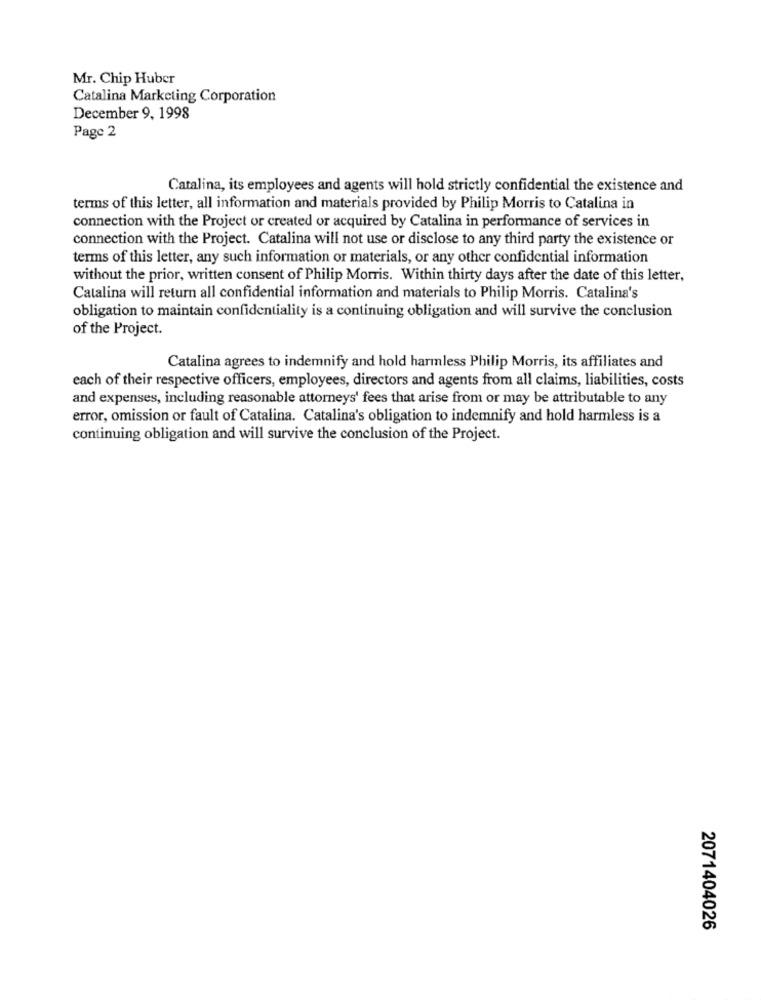
Mr. Chip Huber
Catalina Marketing Corporation
December 9, 1998
Page 2
Catalina, its employees and agents will hold strictly confidential the existence and
terms of this letter, all information and materials provided by Philip Morris to Catalina in
connection with the Project or created or acquired by Catalina in performance of services in
connection with the Project. Catalina will not use or disclose to any third party the existence or
terms of this letter, any such information or materials, or any other confidential information
without the prior, written consent of Philip Morris. Within thirty days after the date of this letter,
Catalina will return all confidential information and materials to Philip Morris. Catalina's
obligation to maintain confidentiality is a continuing obligation and will survive the conclusion
of the Project.
Catalina agrees to indemnify and hold harmless Philip Morris, its affiliates and
each of their respective officers, employees, directors and agents from all claims, liabilities, costs
and expenses, including reasonable attorneys' fees that arise from or may be attributable to any
error, omission or fault of Catalina. Catalina's obligation to indemnify and hold harmless is a
continuing obligation and will survive the conclusion of the Project.
2071404026